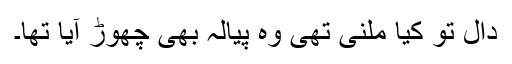
دال تو کیا ملنی تھی وہ پیالہ بھی چھوڑ آیا تھا۔